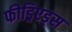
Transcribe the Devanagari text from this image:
फीड्रिएड्स